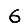
Digit: 6